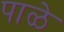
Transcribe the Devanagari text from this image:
पाळे